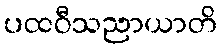
ပထဝီသညာယာတိ